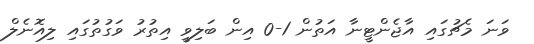
ވަނަ މެޗުގައި އާޖެންޓީނާ އަތުން 1-0 އިން ބަލިވީ އިތުރު ވަގުތުގައި ލިއޮނެލް